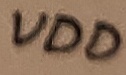
Text: VDD